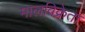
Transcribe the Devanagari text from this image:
मालविक्रेता